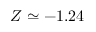
Z \simeq - 1 . 2 4